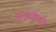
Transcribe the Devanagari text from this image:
अन्कंडिशंड